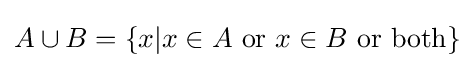
A\cup B=\{x|x\in A{\text{ or }}x\in B{\text{ or both}}\}